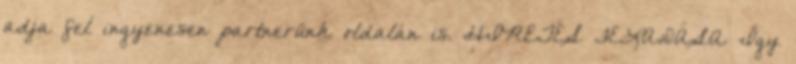
adja fel ingyenesen partnerünk oldalán is. HIRETÉS FELADÁSA Így